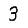
Digit: 3